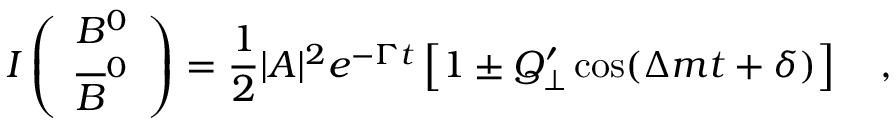
I \left( \begin{array} { c } { { B ^ { 0 } } } \\ { { \overline { { { B } } } ^ { 0 } } } \end{array} \right) = \frac { 1 } { 2 } | A | ^ { 2 } e ^ { - \Gamma t } \left[ 1 \pm Q _ { \perp } ^ { \prime } \cos ( \Delta m t + \delta ) \right] ~ ~ ~ ,